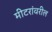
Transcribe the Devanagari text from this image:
मीटरांवरील